Annual administration report of the Civil Veterinary Department of India - 1908-1909
Year: 1908
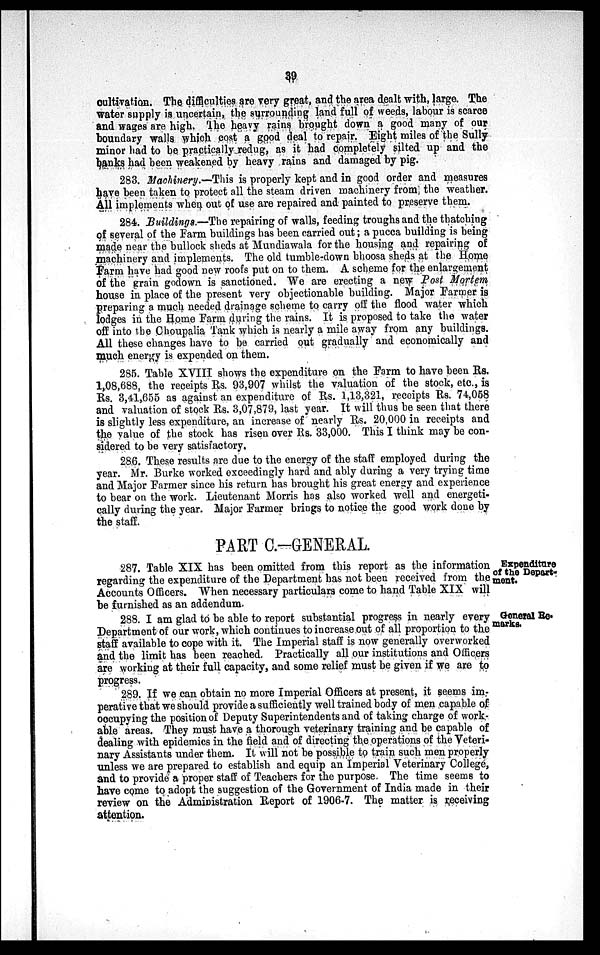
39
cultivation. The difficulties are very great, and the area dealt with, large. The
water supply is uncertain, the surrounding land full of weeds, labour is scarce
and wages are high. The heavy rains brought down a good many of our
boundary walls which cost a good deal to repair. Eight miles of the Sully
minor had to be practically redug, as it had completely silted up and the
banks had been weakened by heavy rains and damaged by pig.
283. Machinery.—This is properly kept and in good order and measures
have been taken to protect all the steam driven machinery from the weather.
All implements when out of use are repaired and painted to preserve them.
284. Buildings.—The repairing of walls, feeding troughs and the thatching
of several of the Farm buildings has been carried out; a pucca building is being
made near the bullock sheds at Mundiawala for the housing and repairing of
machinery and implements. The old tumble-down bhoosa sheds at the Home
Farm have had good new roofs put on to them. A scheme for the enlargement
of the grain godown is sanctioned. We are erecting a new Post Mortem
house in place of the present very objectionable building. Major Farmer is
preparing a much needed drainage scheme to carry off the flood water which
lodges in the Home Farm during the rains. It is proposed to take the water
off into the Choupalia Tank which is nearly a mile away from any buildings.
All these changes have to be carried out gradually and economically and
much energy is expended on them.
285. Table XVIII shows the expenditure on the Farm to have been Rs.
1,08,688, the receipts Rs. 93,907 whilst the valuation of the stock, etc., is
Rs. 3,41,655 as against an expenditure of Rs. 1,13,321, receipts Rs. 74,058
and valuation of stock Rs. 3,07,879, last year. It will thus be seen that there
is slightly less expenditure, an increase of nearly Rs. 20,000 in receipts and
the value of the stock has risen over Rs. 33,000. This I think may be con-
sidered to be very satisfactory.
286. These results are due to the energy of the staff employed during the
year. Mr. Burke worked exceedingly hard and ably during a very trying time
and Major Farmer since his return has brought his great energy and experience
to bear on the work. Lieutenant Morris has also worked well and energeti-
cally during the year. Major Farmer brings to notice the good work done by
the staff.
PART C.-GENERAL.
Expenditure
of the Depart-
ment.
287. Table XIX has been omitted from this report as the information
regarding the expenditure of the Department has not been received from the
Accounts Officers. When necessary particulars come to hand Table XIX will
be furnished as an addendum.
General Re-
marks.
288. I am glad to be able to report substantial progress in nearly every
Department of our work, which continues to increase out of all proportion to the
staff available to cope with it. The Imperial staff is now generally overworked
and the limit has been reached. Practically all our institutions and Officers
are working at their full capacity, and some relief must be given if we are to
progress.
289. If we can obtain no more Imperial Officers at present, it seems im-
perative that we should provide a sufficiently well trained body of men capable of
occupying the position of Deputy Superintendents and of taking charge of work-
able areas. They must have a thorough veterinary training and be capable of
dealing with epidemics in the field and of directing the operations of the Veteri-
nary Assistants under them. It will not be possible to train such men properly
unless we are prepared to establish and equip an Imperial Veterinary College,
and to provide a proper staff of Teachers for the purpose The time seems to
have come to adopt the suggestion of the Government of India made in their
review on the Administration Report of 1906-7. The matter is receiving
attention.